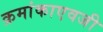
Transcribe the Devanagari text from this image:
क्रमांकाएवजी